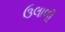
ઉલાળી